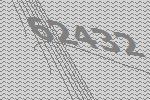
62432